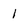
Character: 1